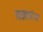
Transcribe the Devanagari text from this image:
यज्ञारंभ